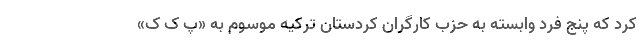
کرد که پنج فرد وابسته به حزب کارگران کردستان ترکیه موسوم به «پ ک ک»